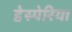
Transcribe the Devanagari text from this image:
हेस्पेरिया